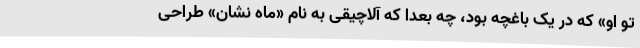
تو او» که در یک باغچه بود، چه بعدا که آلاچیقی به نام «ماه نشان» طراحی